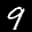
Label: 9